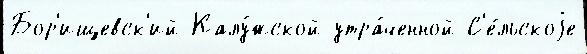
Бор'ищевск'ий Калу́жской утра́ченной С'е́льскоjе